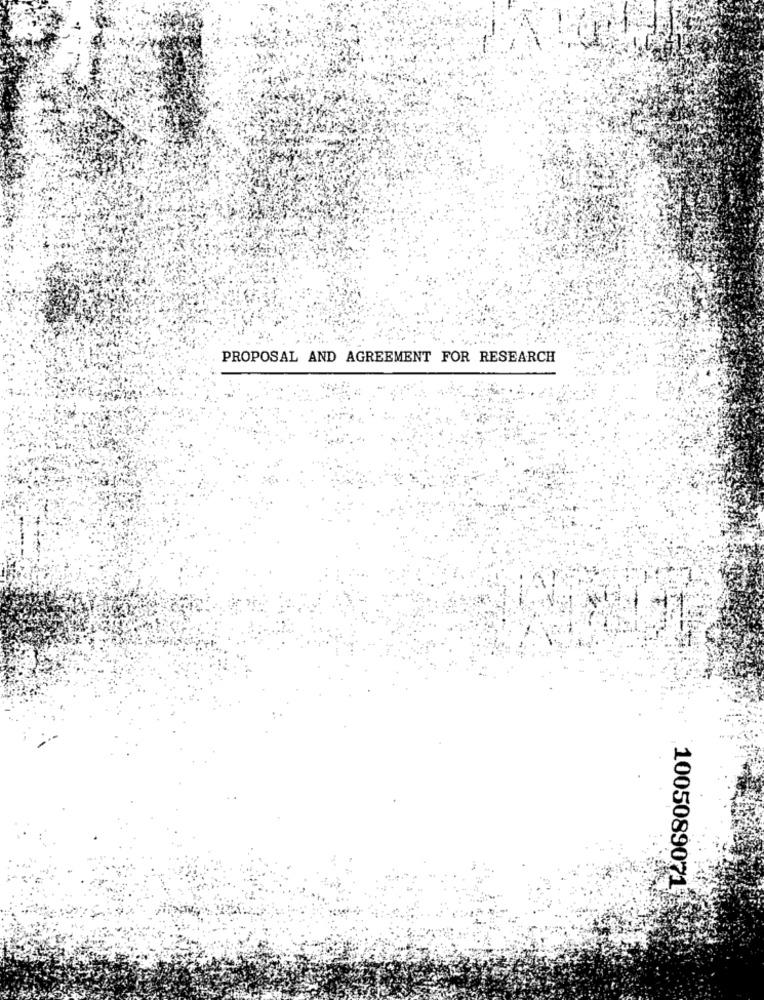
PROPOSAL AND AGREEMENT FOR RESEARCH
1005089071